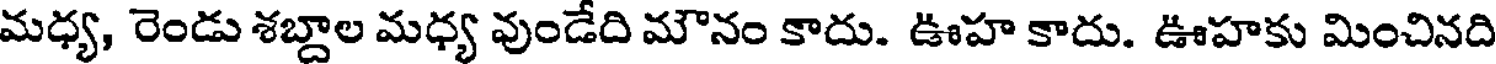
మధ్య, రెండు శబ్దాల మధ్య వుండేది మౌనం కాదు. ఊహ కాదు. ఊహకు మించినది